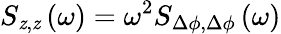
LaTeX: S_{\mathit{z},\mathit{z}}\left(\omega\right)=\omega^{2}S_{\Delta\phi,\Delta\phi}\left(\omega\right)